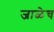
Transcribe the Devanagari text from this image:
जाळेच